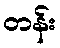
တန်း